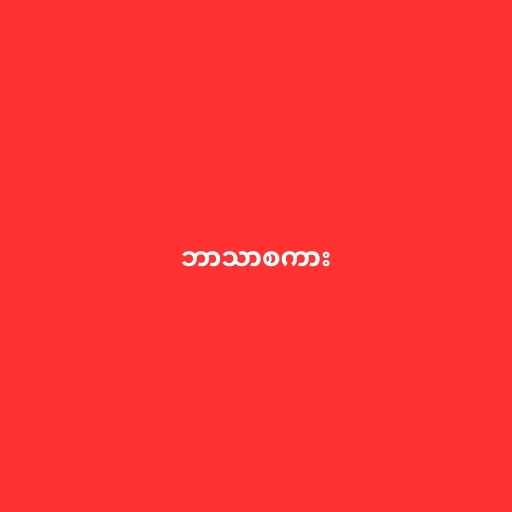
ဘာသာစကား